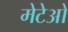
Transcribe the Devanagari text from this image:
मेटेओ